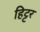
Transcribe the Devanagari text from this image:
हिट्टर